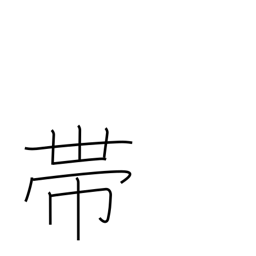
Meaning: sash